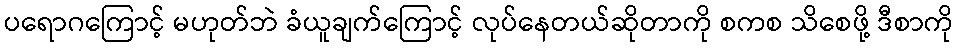
ပရောဂကြောင့် မဟုတ်ဘဲ ခံယူချက်ကြောင့် လုပ်နေတယ်ဆိုတာကို စကစ သိစေဖို့ ဒီစာကို